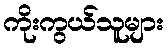
ကိုးကွယ်သူများ